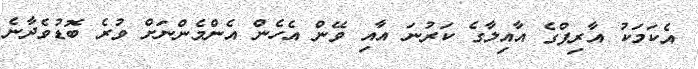
އެކަމަކު އާރިފްގެ އާއިލާގެ ކަރުނަ އާއި ވޭން އެހެން އެންމެންނަށް ވުރެ ބޮޑުވެދާނެ